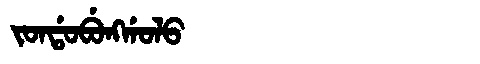
Manchu: ᠵᠣᠨᡩᠣᠪᡠᠩᡤᠣᠯᠣ
Romanization: JONDOBUNGGOLO